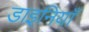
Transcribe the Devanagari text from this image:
डाइनियाँ